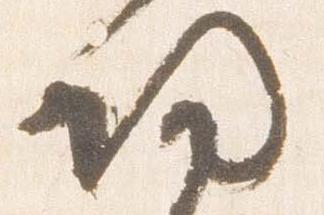
帰